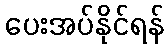
ပေးအပ်နိုင်ရန်